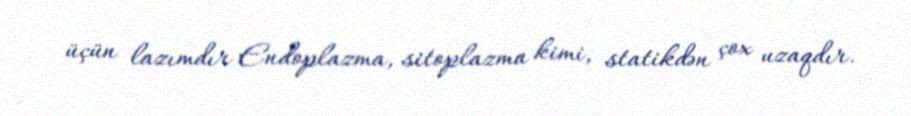
üçün lazımdır Endoplazma, sitoplazma kimi, statikdən çox uzaqdır.